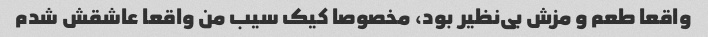
واقعا طعم و مزش بی‌نظیر بود، مخصوصا کیک سیب من واقعا عاشقش شدم